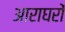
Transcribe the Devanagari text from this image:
आराघरों